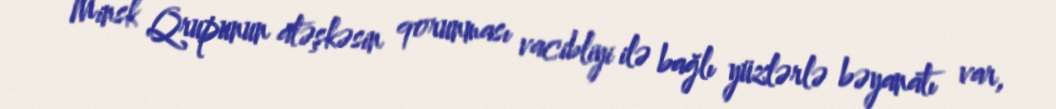
Minsk Qrupunun atəşkəsin qorunması vacibliyi ilə bağlı yüzlərlə bəyanatı var,